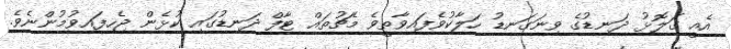
އެއީ ގަލޮޅު ދަނޑުގެ ވިނަގަނޑު ހަލާކުވެފައިވާތީވެ މެޗުތައް ޓާފް ދަނޑުގައި ކުޅެން ޖެހިފައިވުމުންނެވެ.